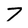
Character: 7